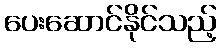
ပေးဆောင်နိုင်သည့်